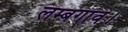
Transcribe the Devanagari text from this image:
लम्बगाँव।